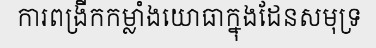
ការពង្រីកកម្លាំងយោធាក្នុងដែនសមុទ្រ